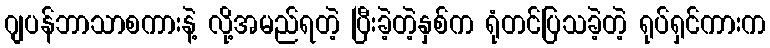
ဂျပန်ဘာသာစကားနဲ့ လို့အမည်ရတဲ့ ပြီးခဲ့တဲ့နှစ်က ရုံတင်ပြသခဲ့တဲ့ ရုပ်ရှင်ကားက